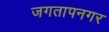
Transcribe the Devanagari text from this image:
जगतापनगर